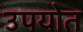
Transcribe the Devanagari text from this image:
उपयोत